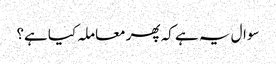
سوال یہ ہے کہ پھر معاملہ کیا ہے؟